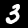
Label: 3